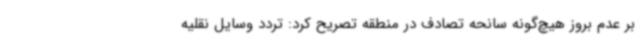
بر عدم بروز هیچ‌گونه سانحه تصادف در منطقه تصریح کرد: تردد وسایل نقلیه